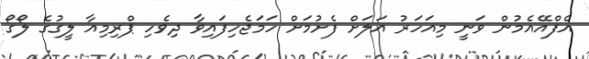
އެފްއޭއެމުން ވަނީ މިއަހަރު އަލަށް ފެށުމަށް ހަމަޖެހިފައިވާ ދިވެހި ޕްރިމިއާ ލީގުގެ ލޯގޯ